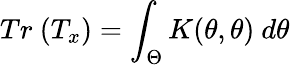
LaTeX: Tr~(T_{x})=\int_{\Theta}K(\theta,\theta)~d\theta